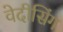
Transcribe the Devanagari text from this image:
वेदीसिंग